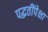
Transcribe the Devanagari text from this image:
पद्धतींपेक्षा